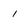
Character: 1